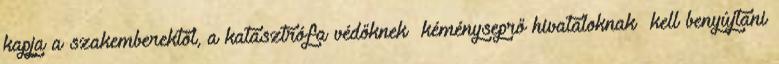
kapja a szakemberektől, a katasztrófa védőknek kéményseprő hivataloknak kell benyújtani